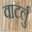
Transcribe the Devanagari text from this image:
वाटर्लु